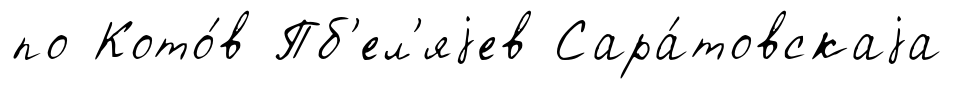
по Кото́в Пб'ел'яjев Сара́товскаjа